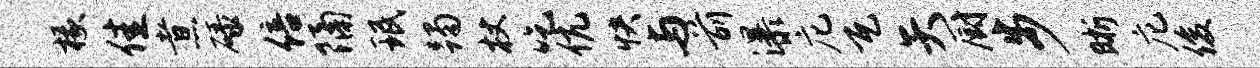
椽佳煮碌倍隔珉躅杖吃伉快与前瀑庀瓦矢厨步晰庀俊